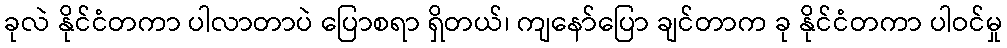
ခုလဲ နိုင်ငံတကာ ပါလာတာပဲ ပြောစရာ ရှိတယ်၊ ကျနော်ပြော ချင်တာက ခု နိုင်ငံတကာ ပါဝင်မှု